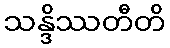
သန္ဒိဿတီတိ